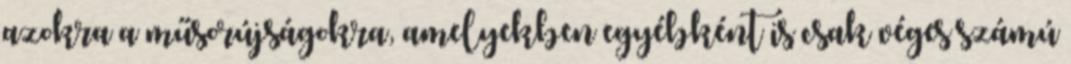
azokra a műsorújságokra, amelyekben egyébként is csak véges számú